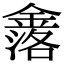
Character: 𮢤